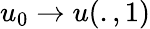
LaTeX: u_{0}\rightarrow u(.,1)